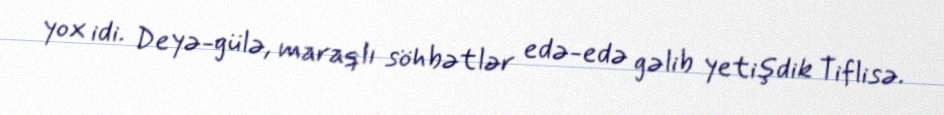
yox idi. Deyə-gülə, maraqlı söhbətlər edə-edə gəlib yetişdik Tiflisə.